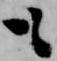
も